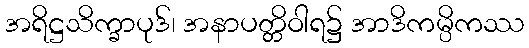
အရိဋ္ဌသိက္ခာပုဒ်၊ အနာပတ္တိဝါရ၌ အာဒိကမ္ပိကဿ